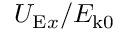
U _ { \mathrm { E } x } / E _ { \mathrm { k 0 } }